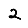
Digit: 2